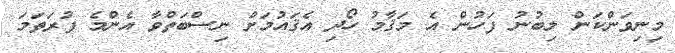
މިނިވަންކަން ލިބުނު ފަހުން އެ މަޤާމު ހޯދި އެޤައުމަށް ނިސްބަތްވާ އެންމެ ފުރަތަމަ